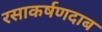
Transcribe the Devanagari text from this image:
रसाकर्षणदाब